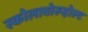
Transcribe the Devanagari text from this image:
स्कोलावोरूहोल्ट